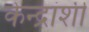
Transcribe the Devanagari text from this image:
केन्द्रांशी